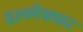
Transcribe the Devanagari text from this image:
दश्‍वमेद्यघाट